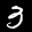
Label: 3